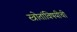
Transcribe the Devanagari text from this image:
स्त्रोतांविषयीची